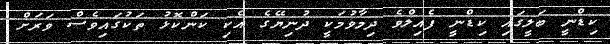
ކިޑްނީ ބަލީގައި ކިޑްނީ ފެއިލްވެ ދިމާވުމަކީ ދުނިޔޭގެ އެކި ކަންކޮޅު ތަކުގައިވެސް ވަރަށް